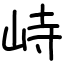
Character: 峙